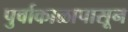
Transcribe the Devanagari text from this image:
पुर्वाकाळापासून